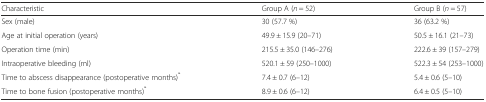
<table><thead><tr><td><b>Characteristic</b></td><td><b>Group A (<i>n</i> = 52)</b></td><td><b>Group B (<i>n</i> = 57)</b></td></tr></thead><tbody><tr><td>Sex (male)</td><td>30 (57.7 %)</td><td>36 (63.2 %)</td></tr><tr><td>Age at initial operation (years)</td><td>49.9 ± 15.9 (20–71)</td><td>50.5 ± 16.1 (21–73)</td></tr><tr><td>Operation time (min)</td><td>215.5 ± 35.0 (146–276)</td><td>222.6 ± 39 (157–279)</td></tr><tr><td>Intraoperative bleeding (ml)</td><td>520.1 ± 59 (250–1000)</td><td>522.3 ± 54 (253–1000)</td></tr><tr><td>Time to abscess disappearance (postoperative months)<sup>*</sup></td><td>7.4 ± 0.7 (6–12)</td><td>5.4 ± 0.6 (5–10)</td></tr><tr><td>Time to bone fusion (postoperative months)<sup>*</sup></td><td>8.9 ± 0.6 (6–12)</td><td>6.4 ± 0.5 (5–10)</td></tr></tbody></table>